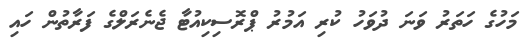
މަހުގެ ހަތަރު ވަނަ ދުވަހު ކުރި އަމުރު ޕްރޮސިކިއުޓާ ޖެނެރަލްގެ ފަރާތުން ހައި